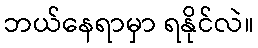
ဘယ်နေရာမှာ ရနိုင်လဲ။